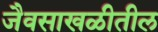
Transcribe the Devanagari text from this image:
जैवसाखळीतील